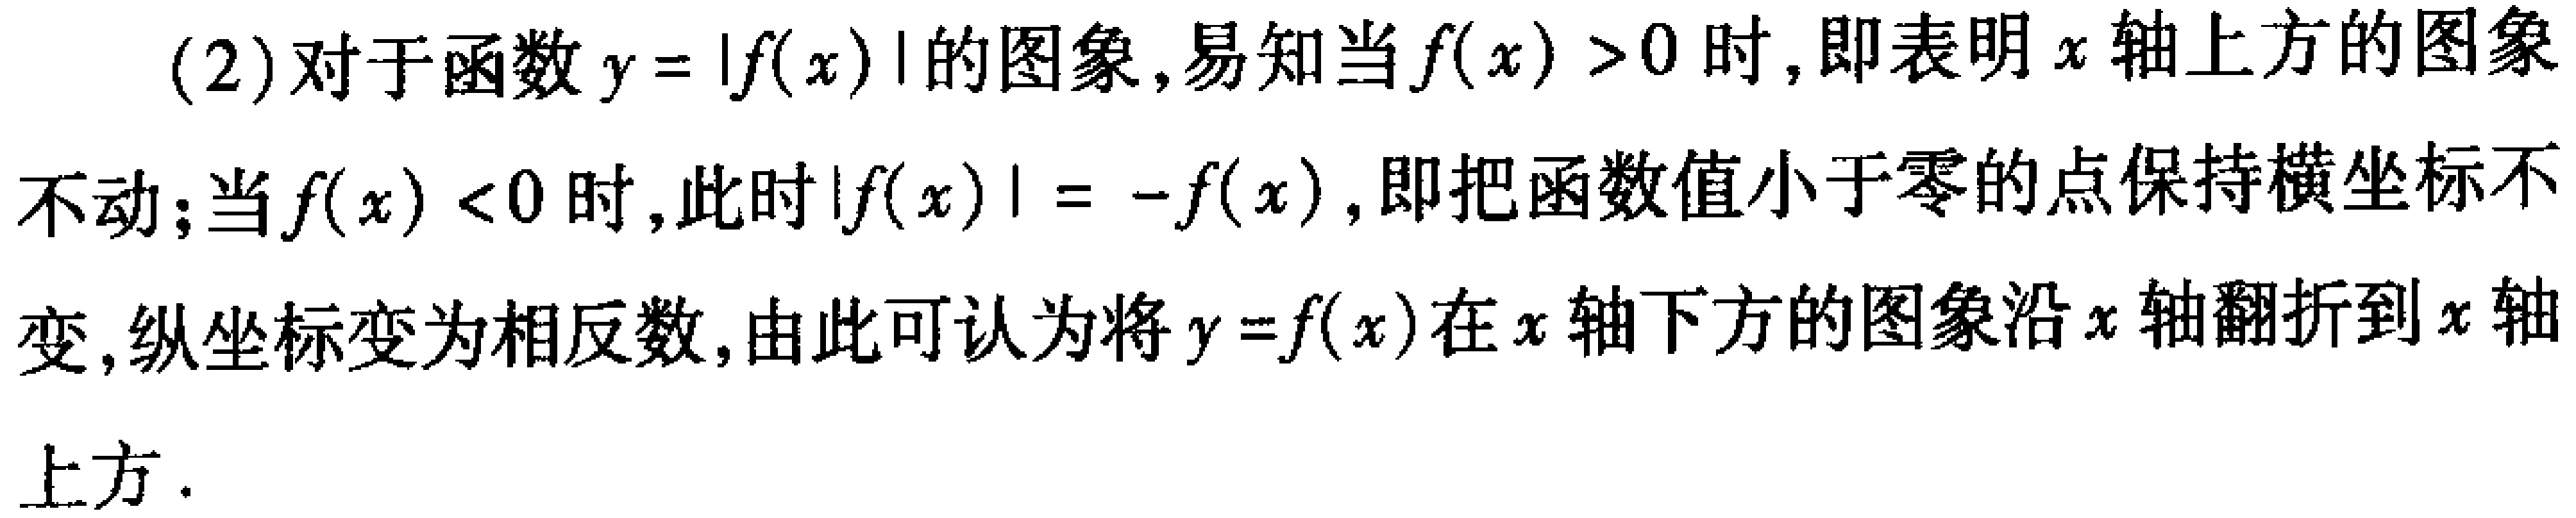
(2)对于函数\(y = |f(x)|\)的图象,易知当\(f(x)>0\)时,即表明\(x\)轴上方的图象不动;当\(f(x)<0\)时,此时\(|f(x)|=-f(x)\),即把函数值小于零的点保持横坐标不变,纵坐标变为相反数,由此可认为将\(y = f(x)\)在\(x\)轴下方的图象沿\(x\)轴翻折到\(x\)轴上方.